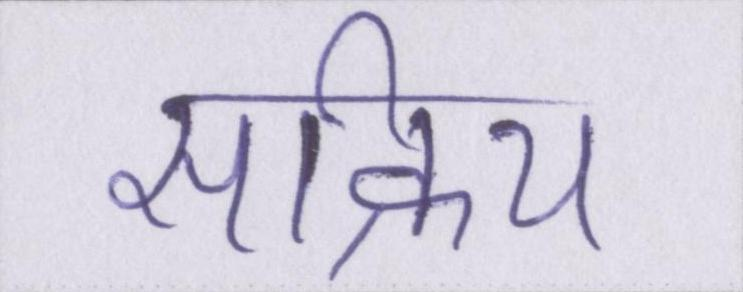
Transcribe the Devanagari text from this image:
सक्रिय